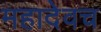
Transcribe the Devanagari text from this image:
महादेवच